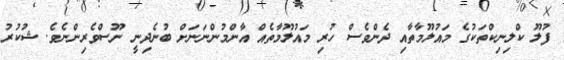
ފުލޫ ކްލިނިކްތަކުގެ މައުލޫމާތާއި ދެންވެސް ހުރި މައުލޫމާތެއް އާންމުންނަނަށް ބުނެދިނީ ނޫސްވެރިންނެވެ. ޝުކުރު